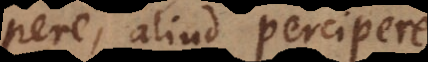
pere, aliud percipere